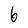
Character: 6